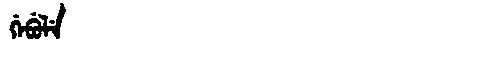
Manchu: ᡤᡝᠪᡠᠯᡝ
Romanization: GEBULE